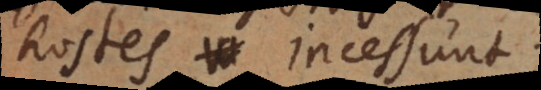
hostes incessunt.